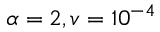
\alpha = 2 , v = 1 0 ^ { - 4 }